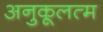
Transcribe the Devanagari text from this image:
अनुकूलत्म